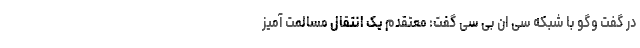
در گفت وگو با شبکه سی ان بی سی گفت:‌ معتقدم یک انتقال مسالمت آمیز